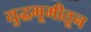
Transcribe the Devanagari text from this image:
युद्धभूमीतून